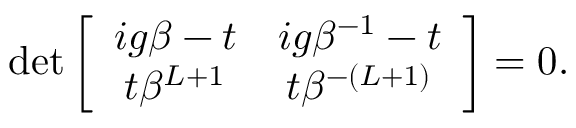
\begin{array} { r } { \operatorname* { d e t } \left[ \begin{array} { c c } { i g \beta - t } & { i g \beta ^ { - 1 } - t } \\ { t \beta ^ { L + 1 } } & { t \beta ^ { - ( L + 1 ) } } \end{array} \right] = 0 . } \end{array}